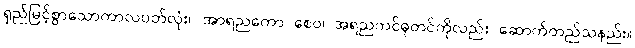
ရှည်မြင့်စွာသောကာလပတ်လုံး။ အာရညကော စေဝ၊ အရညကင်ဓုတင်ကိုလည်း ဆောက်တည်သနည်း။